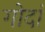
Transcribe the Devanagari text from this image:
गोदां